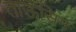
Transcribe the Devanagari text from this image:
ताऊसिग